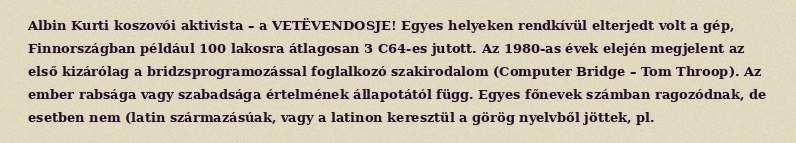
Albin Kurti koszovói aktivista – a VETËVENDOSJE! Egyes helyeken rendkívül elterjedt volt a gép, Finnországban például 100 lakosra átlagosan 3 C64-es jutott. Az 1980-as évek elején megjelent az első kizárólag a bridzsprogramozással foglalkozó szakirodalom (Computer Bridge – Tom Throop). Az ember rabsága vagy szabadsága értelmének állapotától függ. Egyes főnevek számban ragozódnak, de esetben nem (latin származásúak, vagy a latinon keresztül a görög nyelvből jöttek, pl.